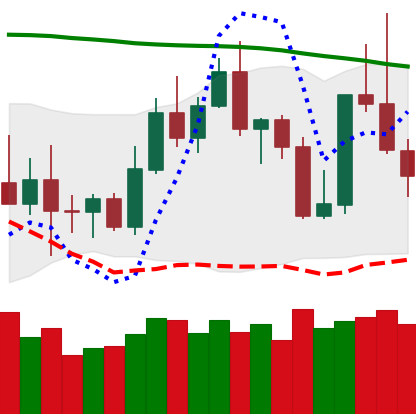
Ticker: TRX-USD
Chart end date: 2022-11-07
Forward return: -11.771%
Label: down_7plus